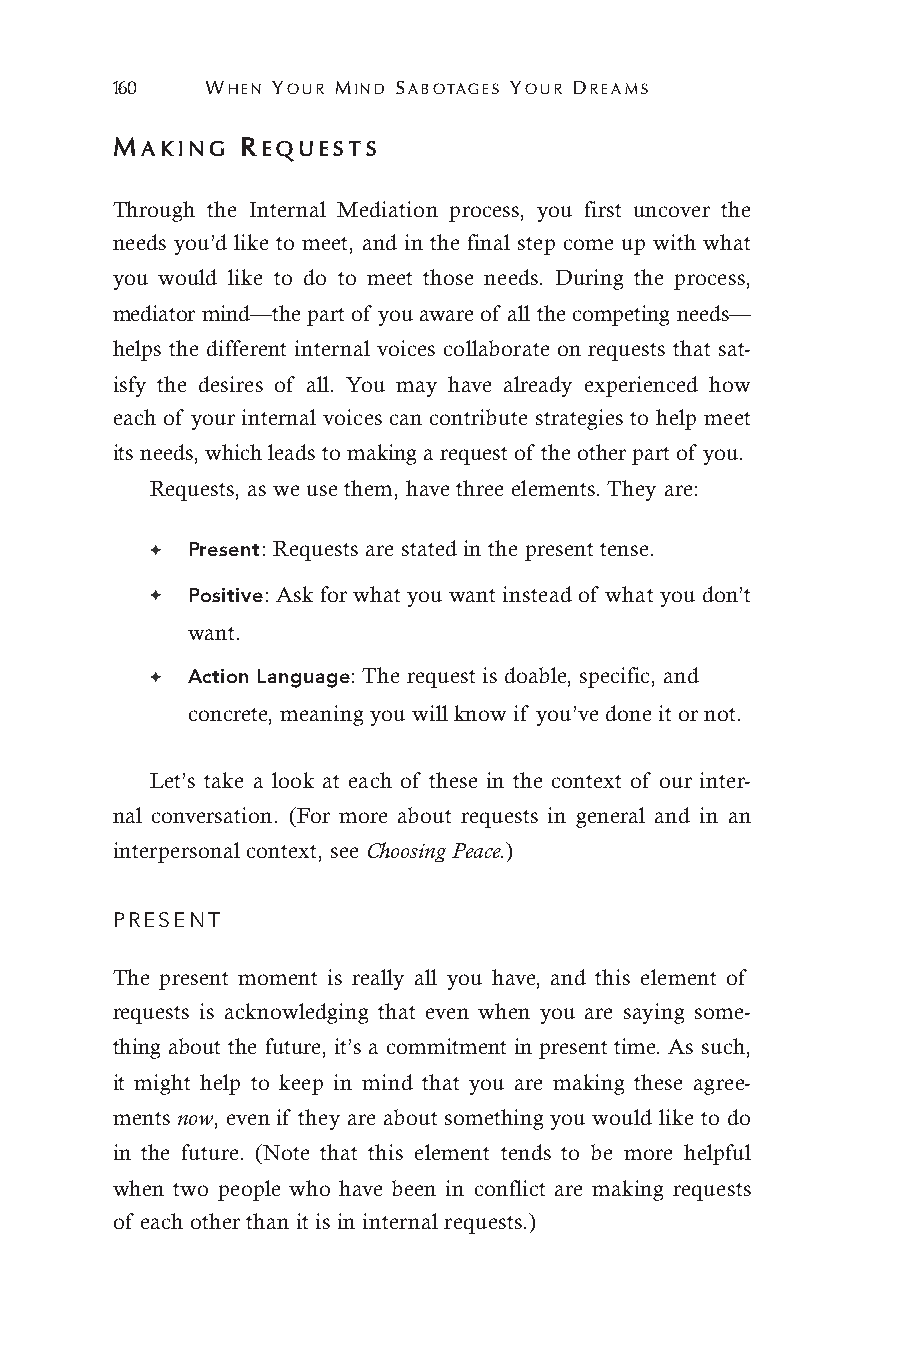
160    WHEN YOUR MIND SABOTAGES YOUR DREAMS
 MAKING   REQUESTS
 Through the Internal Mediation process, you first uncover the
 needs you’d like to meet, and in the final step come up with what
 you would like to do to meet those needs. During the process,
 mediator mind—the part of you aware of all the competing needs—
 helps the different internal voices collaborate on requests that sat-
 isfy the desires of all. You may have already experienced how
 each of your internal voices can contribute strategies to help meet
 its needs, which leads to making a request of the other part of you.
 Requests, as we use them, have three elements. They are:
 ✦ Present: Requests are stated in the present tense.
 ✦ Positive: Ask for what you want instead of what you don’t
 want.
 ✦ Action Language: The request is doable, specific, and
 concrete, meaning you will know if you’ve done it or not.
 Let’s take a look at each of these in the context of our inter-
 nal conversation. (For more about requests in general and in an
 interpersonal context, see Choosing Peace.)
 PRESENT
 The present moment is really all you have, and this element of
 requests is acknowledging that even when you are saying some-
 thing about the future, it’s a commitment in present time. As such,
 it might help to keep in mind that you are making these agree-
 ments now, even if they are about something you would like to do
 in the future. (Note that this element tends to be more helpful
 when two people who have been in conflict are making requests
 of each other than it is in internal requests.)